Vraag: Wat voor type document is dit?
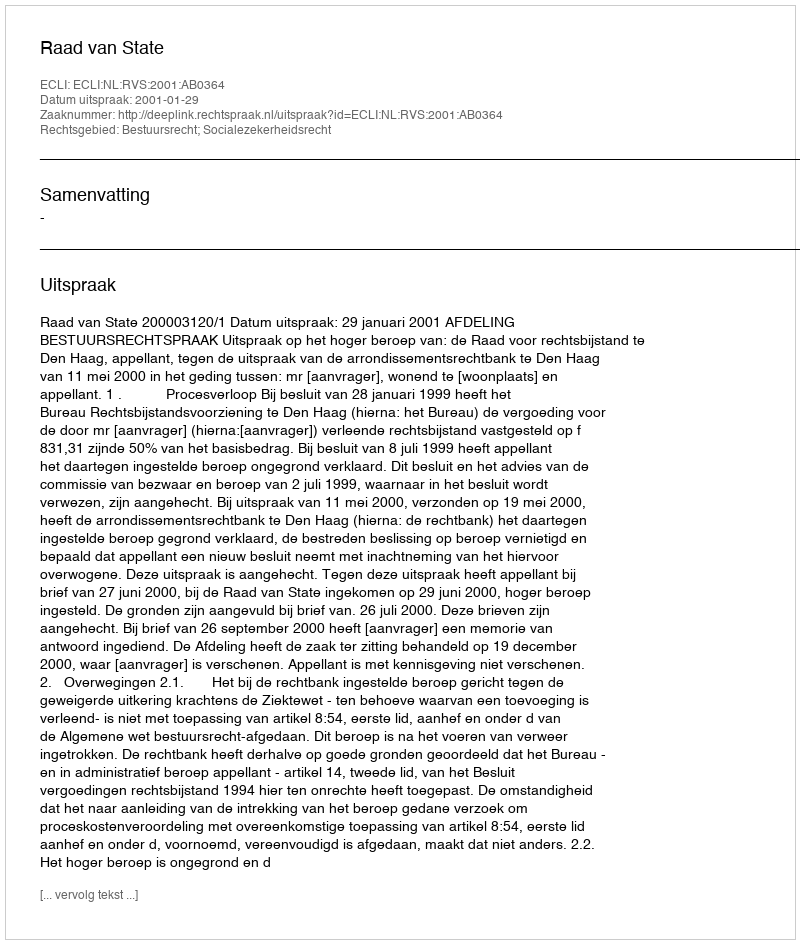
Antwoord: Uitspraak